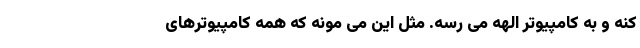
کنه و به کامپیوتر الهه می رسه. مثل این می مونه که همه کامپیوترهای